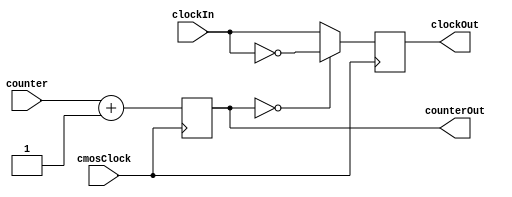
`timescale 1ns / 1ps
////////////////////////////////////////////////////////////////////////////////
// Module Name: Clock Divider
//
// Description: Takes the input 100MHz clock oscillator signal and divides it to
//              an acceptable value. Calculation is shown in README.
////////////////////////////////////////////////////////////////////////////////

module ClockDivider (
    // Inputs
    input cmosClock,                // Clock input from FPGA pin H4
    input clockIn,                  // Clock input feedback
    input [19:0] counter,           // Counter increment
    // Outputs
    output reg clockOut,            // Clock output to circuit
    output reg [19:0] counterOut    // Counter increment output
    );

    // Base counter input
    initial begin
        counterOut = 0;
    end

    // Counter creation for clock division
    always @(posedge cmosClock) begin
        // Iterate counter value
        counterOut <= counter + 1;

        // Apply clock flip
        if (counterOut == 0) begin
            clockOut <= ~clockIn;
        end else begin
            clockOut <= clockIn;
        end
    end
endmodule